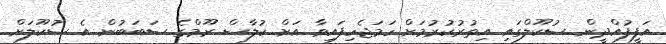
އަފީފުއްދީން ސުކޫލްގައި އިތުރުކުރުމަށް ހަމަޖެހިފައިވާ އަށް ކުލާސް ރޫމްގެ ސަބަބުން އެ ސުކޫލަށް